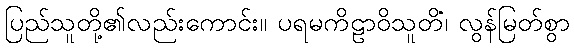
ပြည်သူတို့၏လည်းကောင်း။ ပရမကိဠာဝိသူတိံ၊ လွန်မြတ်စွာ